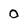
Character: o